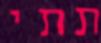
תתי